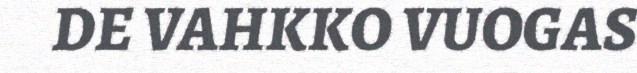
DE VAHKKO VUOGAS